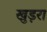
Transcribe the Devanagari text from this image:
खुड़रा